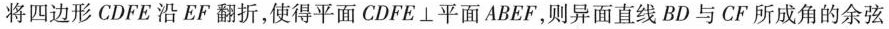
将四边形CDFE沿EF翻折，使得平面CDFE⊥平面ABEF，则异面直线BD与CF所成角的余弦